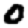
Digit: 0